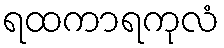
ရထကာရကုလံ